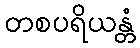
တစပရိယန္တံ